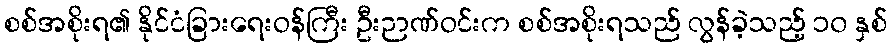
စစ်အစိုးရ၏ နိုင်ငံခြားရေးဝန်ကြီး ဦးဉာဏ်ဝင်းက စစ်အစိုးရသည် လွန်ခဲ့သည့် ၁၀ နှစ်